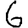
Digit: 6